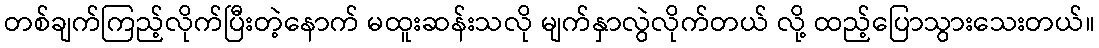
တစ်ချက်ကြည့်လိုက်ပြီးတဲ့နောက် မထူးဆန်းသလို မျက်နှာလွဲလိုက်တယ် လို့ ထည့်ပြောသွားသေးတယ်။